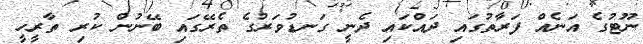
ނޫޓުގެ އަނެއް ފަރާތުގައި ދައްކައި ދެނީ ގަނޑުވަރުގެ ތެރޭގައި ބޭނުން ކުރި ތާރީހީ